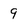
Character: 9